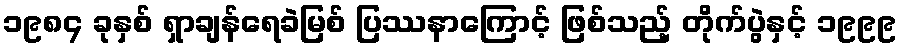
၁၉၈၄ ခုနှစ် ရှာချန်ရေခဲမြစ် ပြဿနာကြောင့် ဖြစ်သည့် တိုက်ပွဲနှင့် ၁၉၉၉